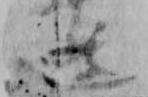
遊